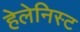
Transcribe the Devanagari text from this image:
हेलेनिस्ट